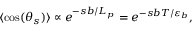
\langle \cos ( \theta _ { s } ) \rangle \propto e ^ { - s b / L _ { p } } = e ^ { - s b T / \varepsilon _ { b } } ,